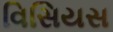
વિસિયસ